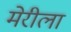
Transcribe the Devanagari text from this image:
मेरीला